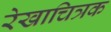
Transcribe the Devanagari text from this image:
रेखाचित्रक